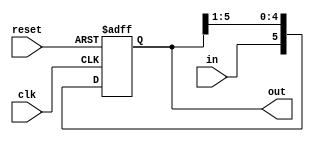
module shift_register (clk, reset, in, out);
input clk, reset, in;
output [5:0] out;
reg [5:0] out;

always @(negedge reset or posedge clk) begin
    if (~reset)
        out <= 0;
    else
        out <= {in, out[5:1]};
end
endmodule